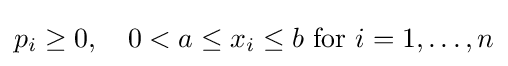
p_{i}\geq 0,\quad 0<a\leq x_{i}\leq b{\text{ for }}i=1,\dots ,n